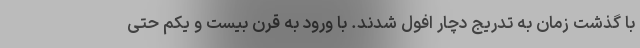
با گذشت زمان به تدریج دچار افول شدند. با ورود به قرن بیست و یکم حتی